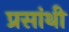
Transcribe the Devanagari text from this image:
प्रसांथी